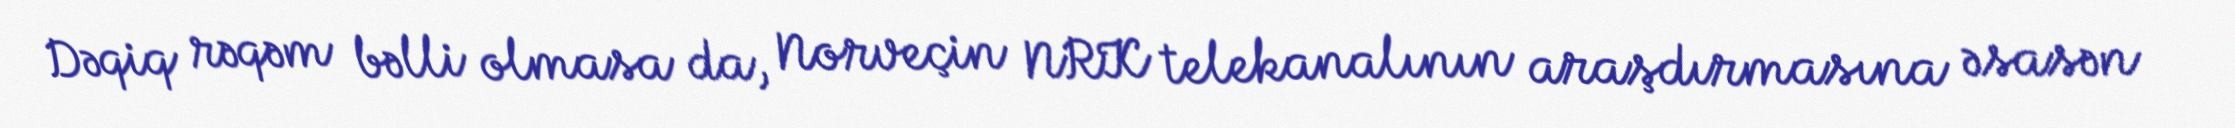
Dəqiq rəqəm bəlli olmasa da, Norveçin NRK telekanalının araşdırmasına əsasən